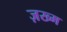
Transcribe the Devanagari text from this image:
ज़ख्‍म